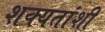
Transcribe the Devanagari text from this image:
शक्यतांशी